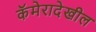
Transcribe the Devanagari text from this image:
कॅमेरादेखील